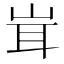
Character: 𮱨